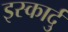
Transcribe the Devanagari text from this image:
इस्कार्दु